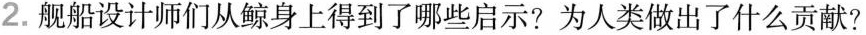
2.舰船设计师们从鲸身上得到了哪些启示?为人类做出了什么贡献?